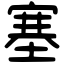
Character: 塞